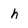
Character: h